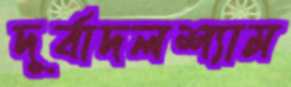
দূর্বাদলশ্যাম